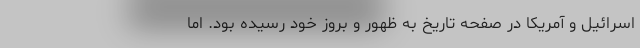
اسرائیل و آمریکا در صفحه تاریخ به ظهور و بروز خود رسیده بود. اما